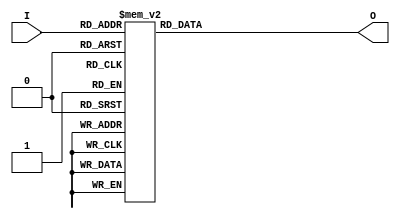
`timescale 1ns / 1ps
//////////////////////////////////////////////////////////////////////////////////
// Company: 
// Engineer: 
// 
// Design Name: 
// Module Name:    four_vote_machine 
// Project Name: 
// Target Devices: 
// Tool versions: 
// Description: 
//
// Dependencies: 
//
// Revision: 
// Revision 0.01 - File Created
// Additional Comments: 
//
//////////////////////////////////////////////////////////////////////////////////
module four_vote_machine(
input [3:0]I,
output reg [2:0]O
    );
always@(I)begin 
	case(I) 
	4'b0000: O=3'b100;
	4'b0001: O=3'b100;
	4'b0010: O=3'b100;
	4'b0011: O=3'b010;
	4'b0100: O=3'b100;
	4'b0101: O=3'b010;
	4'b0110: O=3'b010;
	4'b0111: O=3'b001;
	4'b1000: O=3'b100;
	4'b1001: O=3'b010;
	4'b1010: O=3'b010;
	4'b1011: O=3'b001;
	4'b1100: O=3'b010;
	4'b1101: O=3'b001;
	4'b1110: O=3'b001;
	default: O=3'b001;
	endcase
end

endmodule